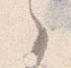
之